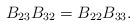
LaTeX: \begin{align*}B_{23}B_{32}=B_{22}B_{33}.\end{align*}